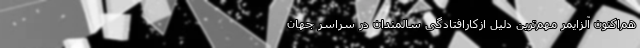
هم‌اکنون آلزایمر مهم‌ترین دلیل ازکارافتادگی سالمندان در سراسر جهان